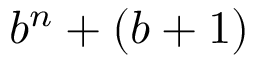
b ^ { n } + ( b + 1 )